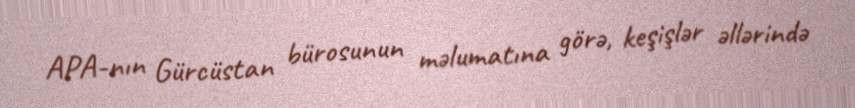
APA-nın Gürcüstan bürosunun məlumatına görə, keşişlər əllərində